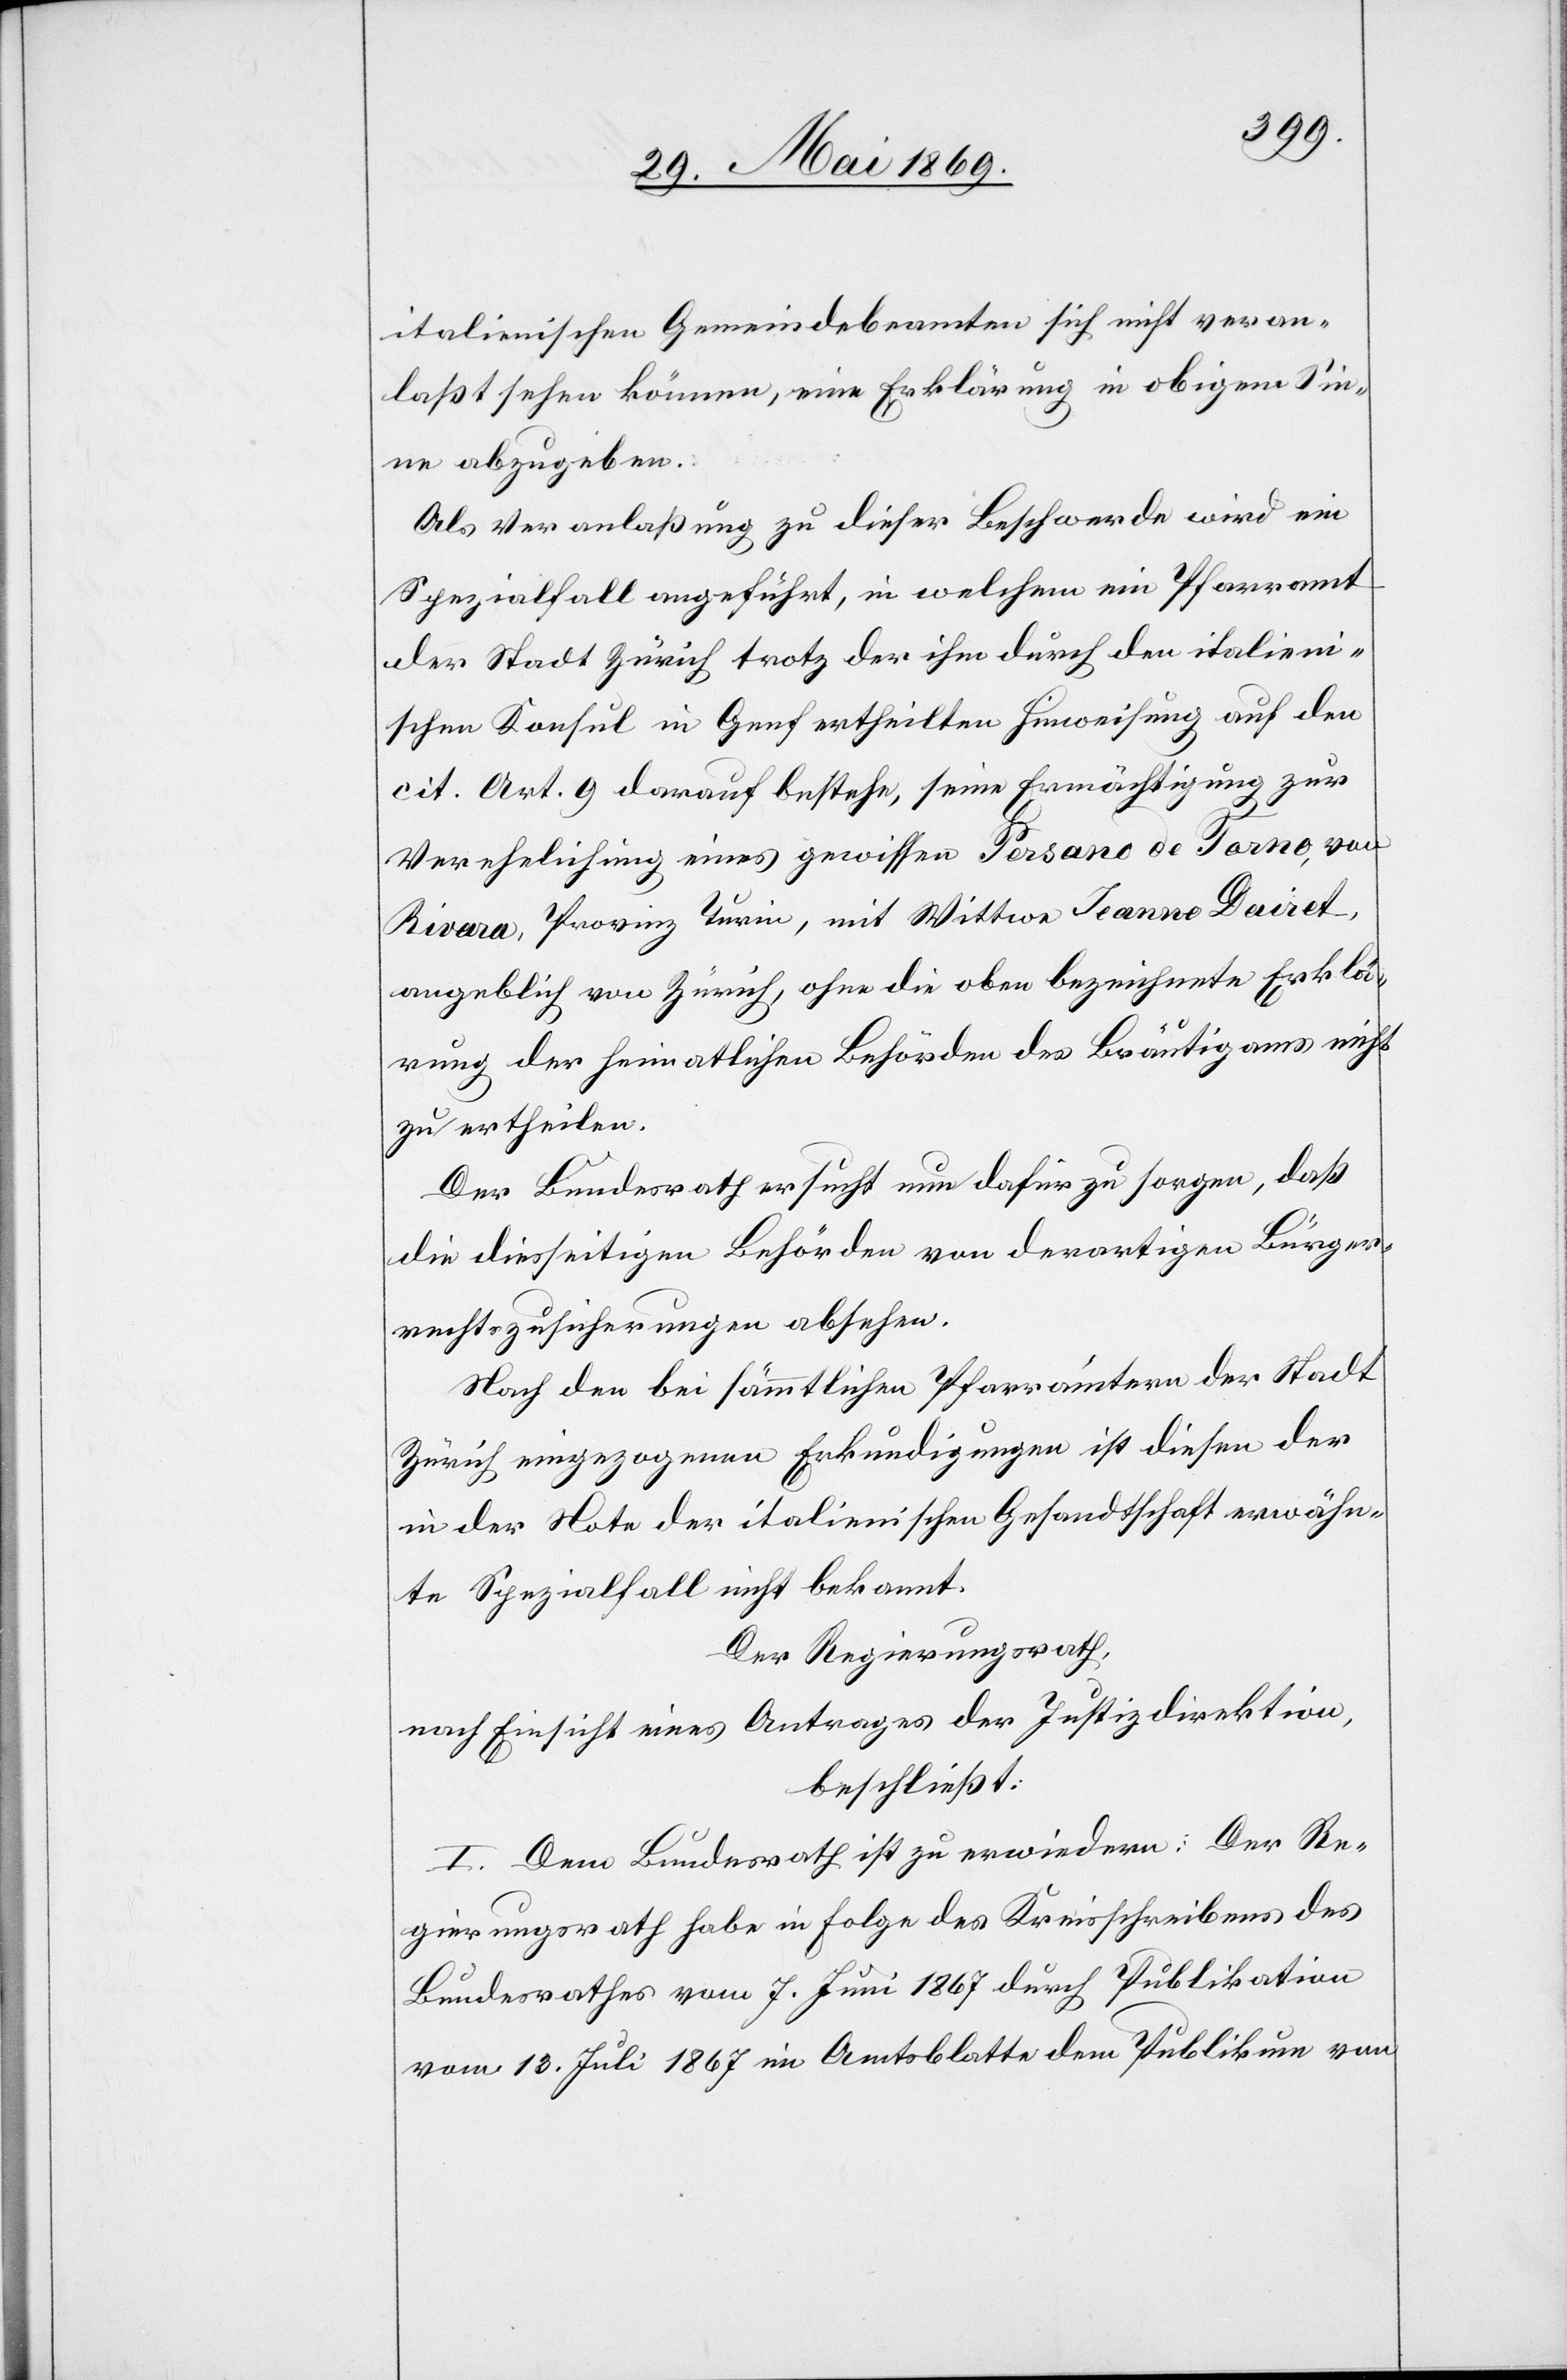
italienischen Gemeindebeamten sich nicht veran¬
laßt sehen können, eine Erklärung im obigem Sin¬
ne abzugeben:
Als Veranlaßung zu dieser Beschwerde wird ein
Spezialfall angeführt, in welchem ein Pfarramt
der Stadt Zürich trotz der ihm durch den italieni¬
schen Konsul in Genf ertheilten Hinweisung auf den
cit. Art. 9 darauf bestehe, seine Ermächtigung zur
Verehelichung eines gewissen Persano de Torno, von
Rivara, Provinz Turin, mit Wittwe Jeanne Dairet,
angeblich aus Zürich, ohne die oben bezeichnete Erklä¬
rung der heimatlichen Behörden des Bräutigams nicht
zu ertheilen.
Der Bundesrath ersucht nun dafür zu sorgen, daß
die diesseitigen Behörden von derartigen Bürger¬
rechtszusicherungen absehen.
Nach den bei sämmtlichen Pfarrämtern der Stadt
Zürich eingezogenen Erkundigungen ist diesen der
in der Note der italienischen Gesandtschaft erwähn¬
te Spezialfall nicht bekannt.
Der Regierungsrath,
nach Einsicht eines Antrages der Justizdirektion,
beschließt:
I. Dem Bundesrath ist zu erwiedern: Der Re¬
gierungsrath habe in Folge des Kreisschreibens des
Bundesrathes vom 7 Juni 1867 durch Publikation
vom 13 Juli 1867 im Amtsblatte dem Publikum von